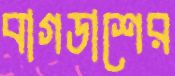
বাগডাশের